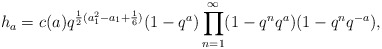
\begin{align*}h_a = c(a)q^{\frac{1}{2} (a_1^2 - a_1 + \frac{1}{6})}(1-q^a)\prod_{n=1}^\infty (1-q^nq^a)(1-q^nq^{-a}),\end{align*}